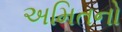
અમિતનો